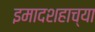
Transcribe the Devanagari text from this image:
इमादशहाच्या